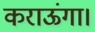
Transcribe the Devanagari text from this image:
कराऊंगा।